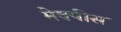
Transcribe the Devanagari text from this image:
मेक्पीस